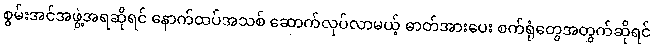
စွမ်းအင်အဖွဲ့အရဆိုရင် နောက်ထပ်အသစ် ဆောက်လုပ်လာမယ့် ဓာတ်အားပေး စက်ရုံတွေအတွက်ဆိုရင်